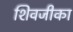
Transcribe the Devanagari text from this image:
शिवजीका